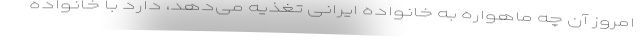
امروز آن چه ماهواره به خانواده ایرانی تغذیه می‌دهد، دارد با خانواده